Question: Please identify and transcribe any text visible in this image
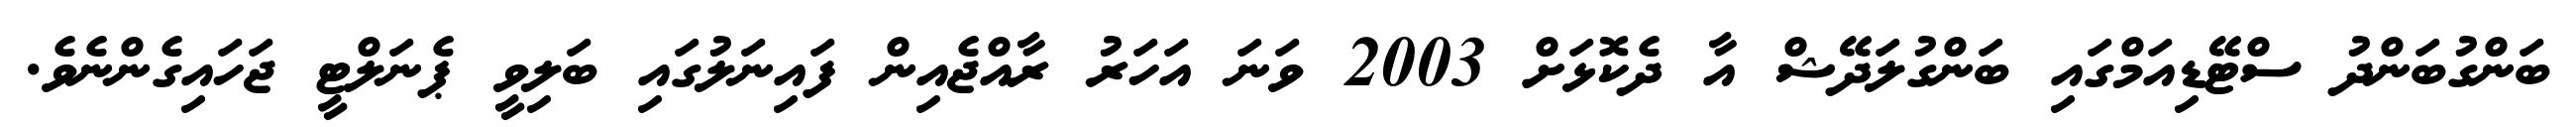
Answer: ބަންގުބަންދު ސްޓޭޑިއަމްގައި ބަންގުލަދޭޝް އާ ދެކޮޅަށް 2003 ވަނަ އަހަރު ރާއްޖެއިން ފައިނަލުގައި ބަލިވީ ޕެނަލްޓީ ޖަހައިގެންނެވެ.